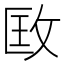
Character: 𢼳